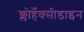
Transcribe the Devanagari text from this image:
क्लोर्हेक्सीडाइन